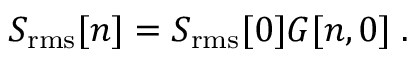
S _ { \mathrm { r m s } } [ n ] = S _ { \mathrm { r m s } } [ 0 ] G [ n , 0 ] \; .